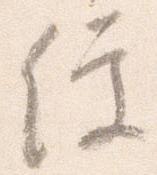
便